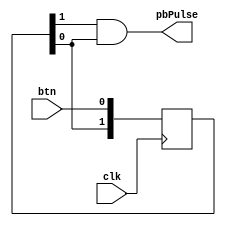
module Delay
(
	input btn,
	input clk,
	output pbPulse
);

	reg [1:0] btnState;

	// If we see a edge now, but didnt 1 cycle ago, pulse
	assign pbPulse = btnState[1] & btnState[0];

	// Shift register storing the btn state now and 1 cycle ago
	always @(posedge clk) 
	begin
		btnState <= {btnState[0], btn};
	end
endmodule